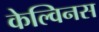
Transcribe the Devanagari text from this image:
केल्विनस